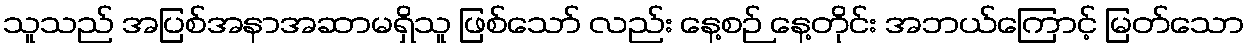
သူသည် အပြစ်အနာအဆာမရှိသူ ဖြစ်သော် လည်း နေ့စဉ် နေ့တိုင်း အဘယ်ကြောင့် မြတ်သော